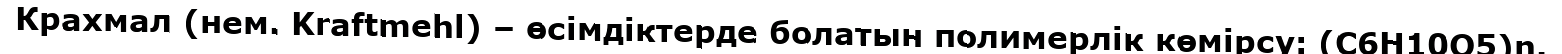
Крахмал (нем. Kraftmehl) – өсімдіктерде болатын полимерлік көмірсу: (С6H10O5)n.